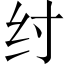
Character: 纣